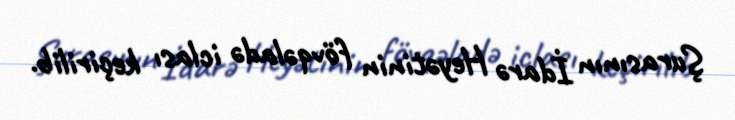
Şurasının İdarə Heyətinin fövqəladə iclası keçirilib.